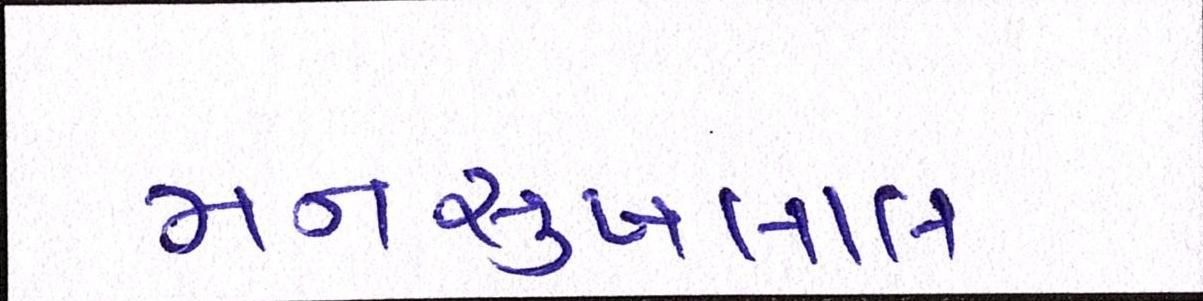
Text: મનસુખલાલ